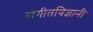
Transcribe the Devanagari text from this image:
संगीतविज्ञानी